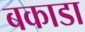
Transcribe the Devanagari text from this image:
बकाडा